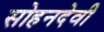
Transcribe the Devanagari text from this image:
सोहनदेवी